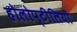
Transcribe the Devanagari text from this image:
होलोप्टीलिया